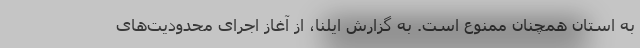
به استان همچنان ممنوع است. به گزارش ایلنا، از آغاز اجرای محدودیت‌های